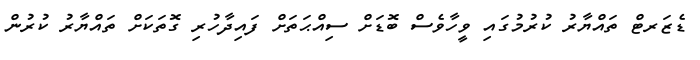
ޑެޒަރޓް ތައްޔާރު ކުރުމުގައި ވީހާވެސް ބޮޑަށް ސިއްޙަތަށް ފައިދާހުރި ގޮތަކަށް ތައްޔާރު ކުރުން